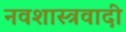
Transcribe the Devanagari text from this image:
नवशास्त्रवादी